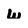
Character: w